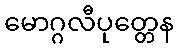
မောဂ္ဂလီပုတ္တေန